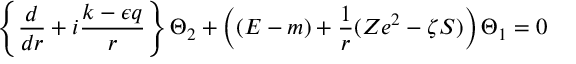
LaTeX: \left\{ \frac d { d r } + i \frac { k - \epsilon q } r \right\} \Theta _ { 2 } + \left( ( E - m ) + \frac 1 r ( Z e ^ { 2 } - \zeta S ) \right) \Theta _ { 1 } = 0